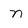
Character: n